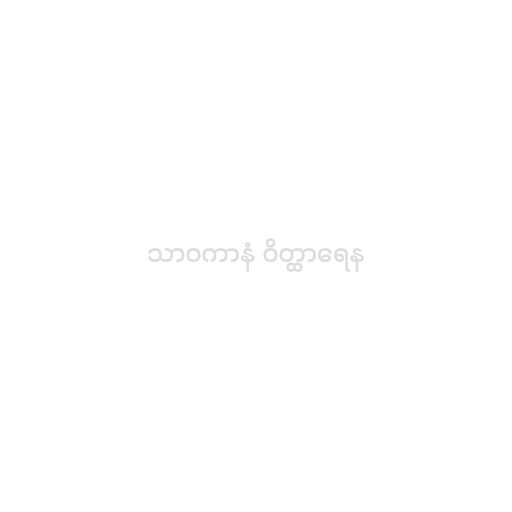
သာဝကာနံ ဝိတ္ထာရေန